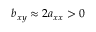
b _ { x y } \approx 2 a _ { x x } > 0